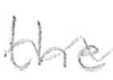
Text: the
Cross-out: wave
Writing tool: pencil